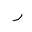
Letter: _ra